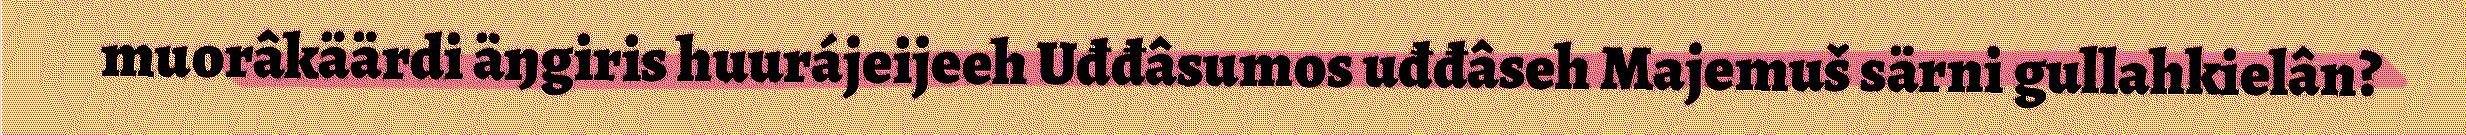
muorâkäärdi äŋgiris huurájeijeeh Uđđâsumos uđđâseh Majemuš särni gullahkielân?